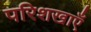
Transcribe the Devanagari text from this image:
परिशखाएँ